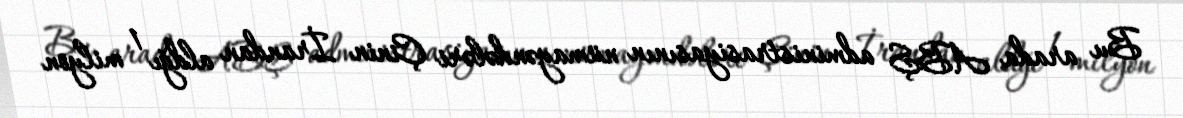
Bu arada ABŞ administrasiyasının nümayəndələri Çinin İrandan aldğı 1 milyon